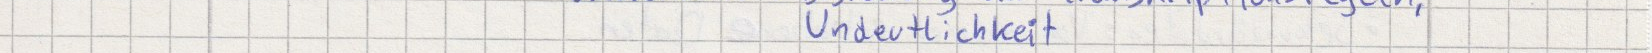
Undeutlichkeit